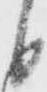
候